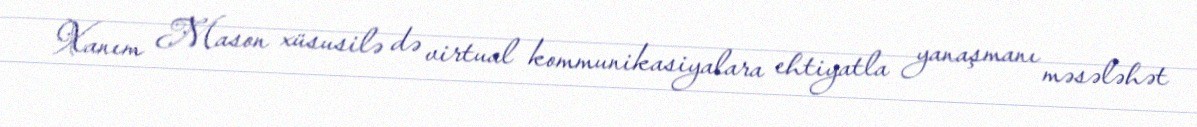
Xanım Mason xüsusilə də virtual kommunikasiyalara ehtiyatla yanaşmanı məsələhət